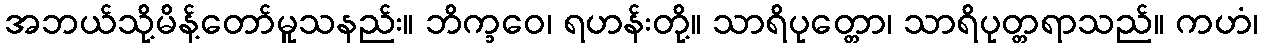
အဘယ်သို့မိန့်တော်မူသနည်း။ ဘိက္ခဝေ၊ ရဟန်းတို့။ သာရိပုတ္တော၊ သာရိပုတ္တရာသည်။ ကဟံ၊